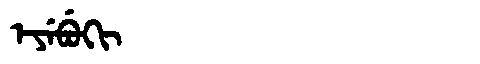
Manchu: ᡝᠶᡝᠪᡠᡴᡳ
Romanization: EYEBUKI